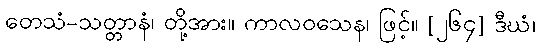
တေသံ-သတ္တာနံ၊ တို့အား။ ကာလဝသေန၊ ဖြင့်။ [၂၆၄] ဒီဃံ၊